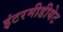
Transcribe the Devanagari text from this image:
इंटरमीडीयेट